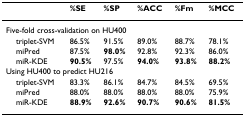
<table><thead><tr><td></td><td><b>%SE</b></td><td><b>%SP</b></td><td><b>%ACC</b></td><td><b>%Fm</b></td><td><b>%MCC</b></td></tr></thead><tbody><tr><td colspan="6">Five-fold cross-validation on HU400</td></tr><tr><td> triplet-SVM</td><td>86.5%</td><td>91.5%</td><td>89.0%</td><td>88.7%</td><td>78.1%</td></tr><tr><td> miPred</td><td>87.5%</td><td><b>98.0%</b></td><td>92.8%</td><td>92.3%</td><td>86.0%</td></tr><tr><td> miR-KDE</td><td><b>90.5%</b></td><td>97.5%</td><td><b>94.0%</b></td><td><b>93.8%</b></td><td><b>88.2%</b></td></tr><tr><td colspan="6">Using HU400 to predict HU216</td></tr><tr><td> triplet-SVM</td><td>83.3%</td><td>86.1%</td><td>84.7%</td><td>84.5%</td><td>69.5%</td></tr><tr><td> miPred</td><td>88.0%</td><td>88.0%</td><td>88.0%</td><td>88.0%</td><td>75.9%</td></tr><tr><td> miR-KDE</td><td><b>88.9%</b></td><td><b>92.6%</b></td><td><b>90.7%</b></td><td><b>90.6%</b></td><td><b>81.5%</b></td></tr></tbody></table>